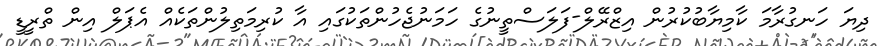
ދިޔަ ހަނގުރާމަ ކާމިޔާބުކުރުން އިޒްރޭލް-ފަލަސްތީނުގެ ހަމަނުޖެހުންތަކުގައި އާ ކުރިމަތިލުންތަކެއް އެޕަލް އިން ތްރީޑީ